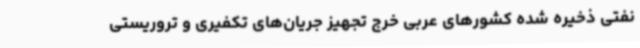
نفتی ذخیره شده کشورهای عربی خرج تجهیز جریان‌های تکفیری و تروریستی